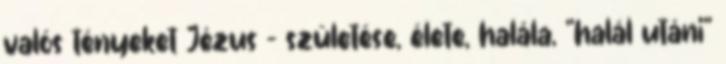
valós tényeket Jézus - születése, élete, halála, "halál utáni"